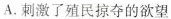
A.刺激了殖民掠夺的欲望